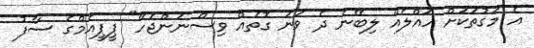
އެ މަގުތަކަށް ހައްލެއް ލިބޭނެ ދެ ވަނަ ގޮތެއް ވިސްނަންޖެހޭ" ޕީޕީއެމްގެ ސާފު